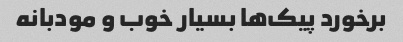
برخورد پیک‌ها بسیار خوب و مودبانه